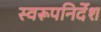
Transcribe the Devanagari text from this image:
स्वरूपनिर्देश